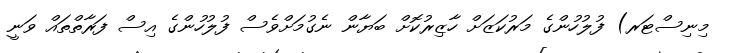
މިނިސްޓަރ) ފުލުހުންގެ މަރުކަޒަށް ހާޒިރުކޮށް ބަޔާން ނެގުމަށްވެސް ފުލުހުންގެ އިސް ފަރާތްތައް ވަނީ